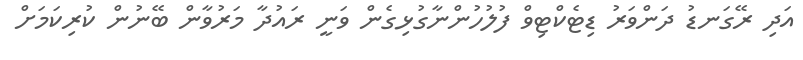
އަދި ރޭގަނޑު ދަންވަރު ޑިޓެކްޓިވް ފުލުހުންނާގުޅިގެން ވަނީ ރައުދާ މަރުވާން ބޭނުން ކުރިކަމަށް